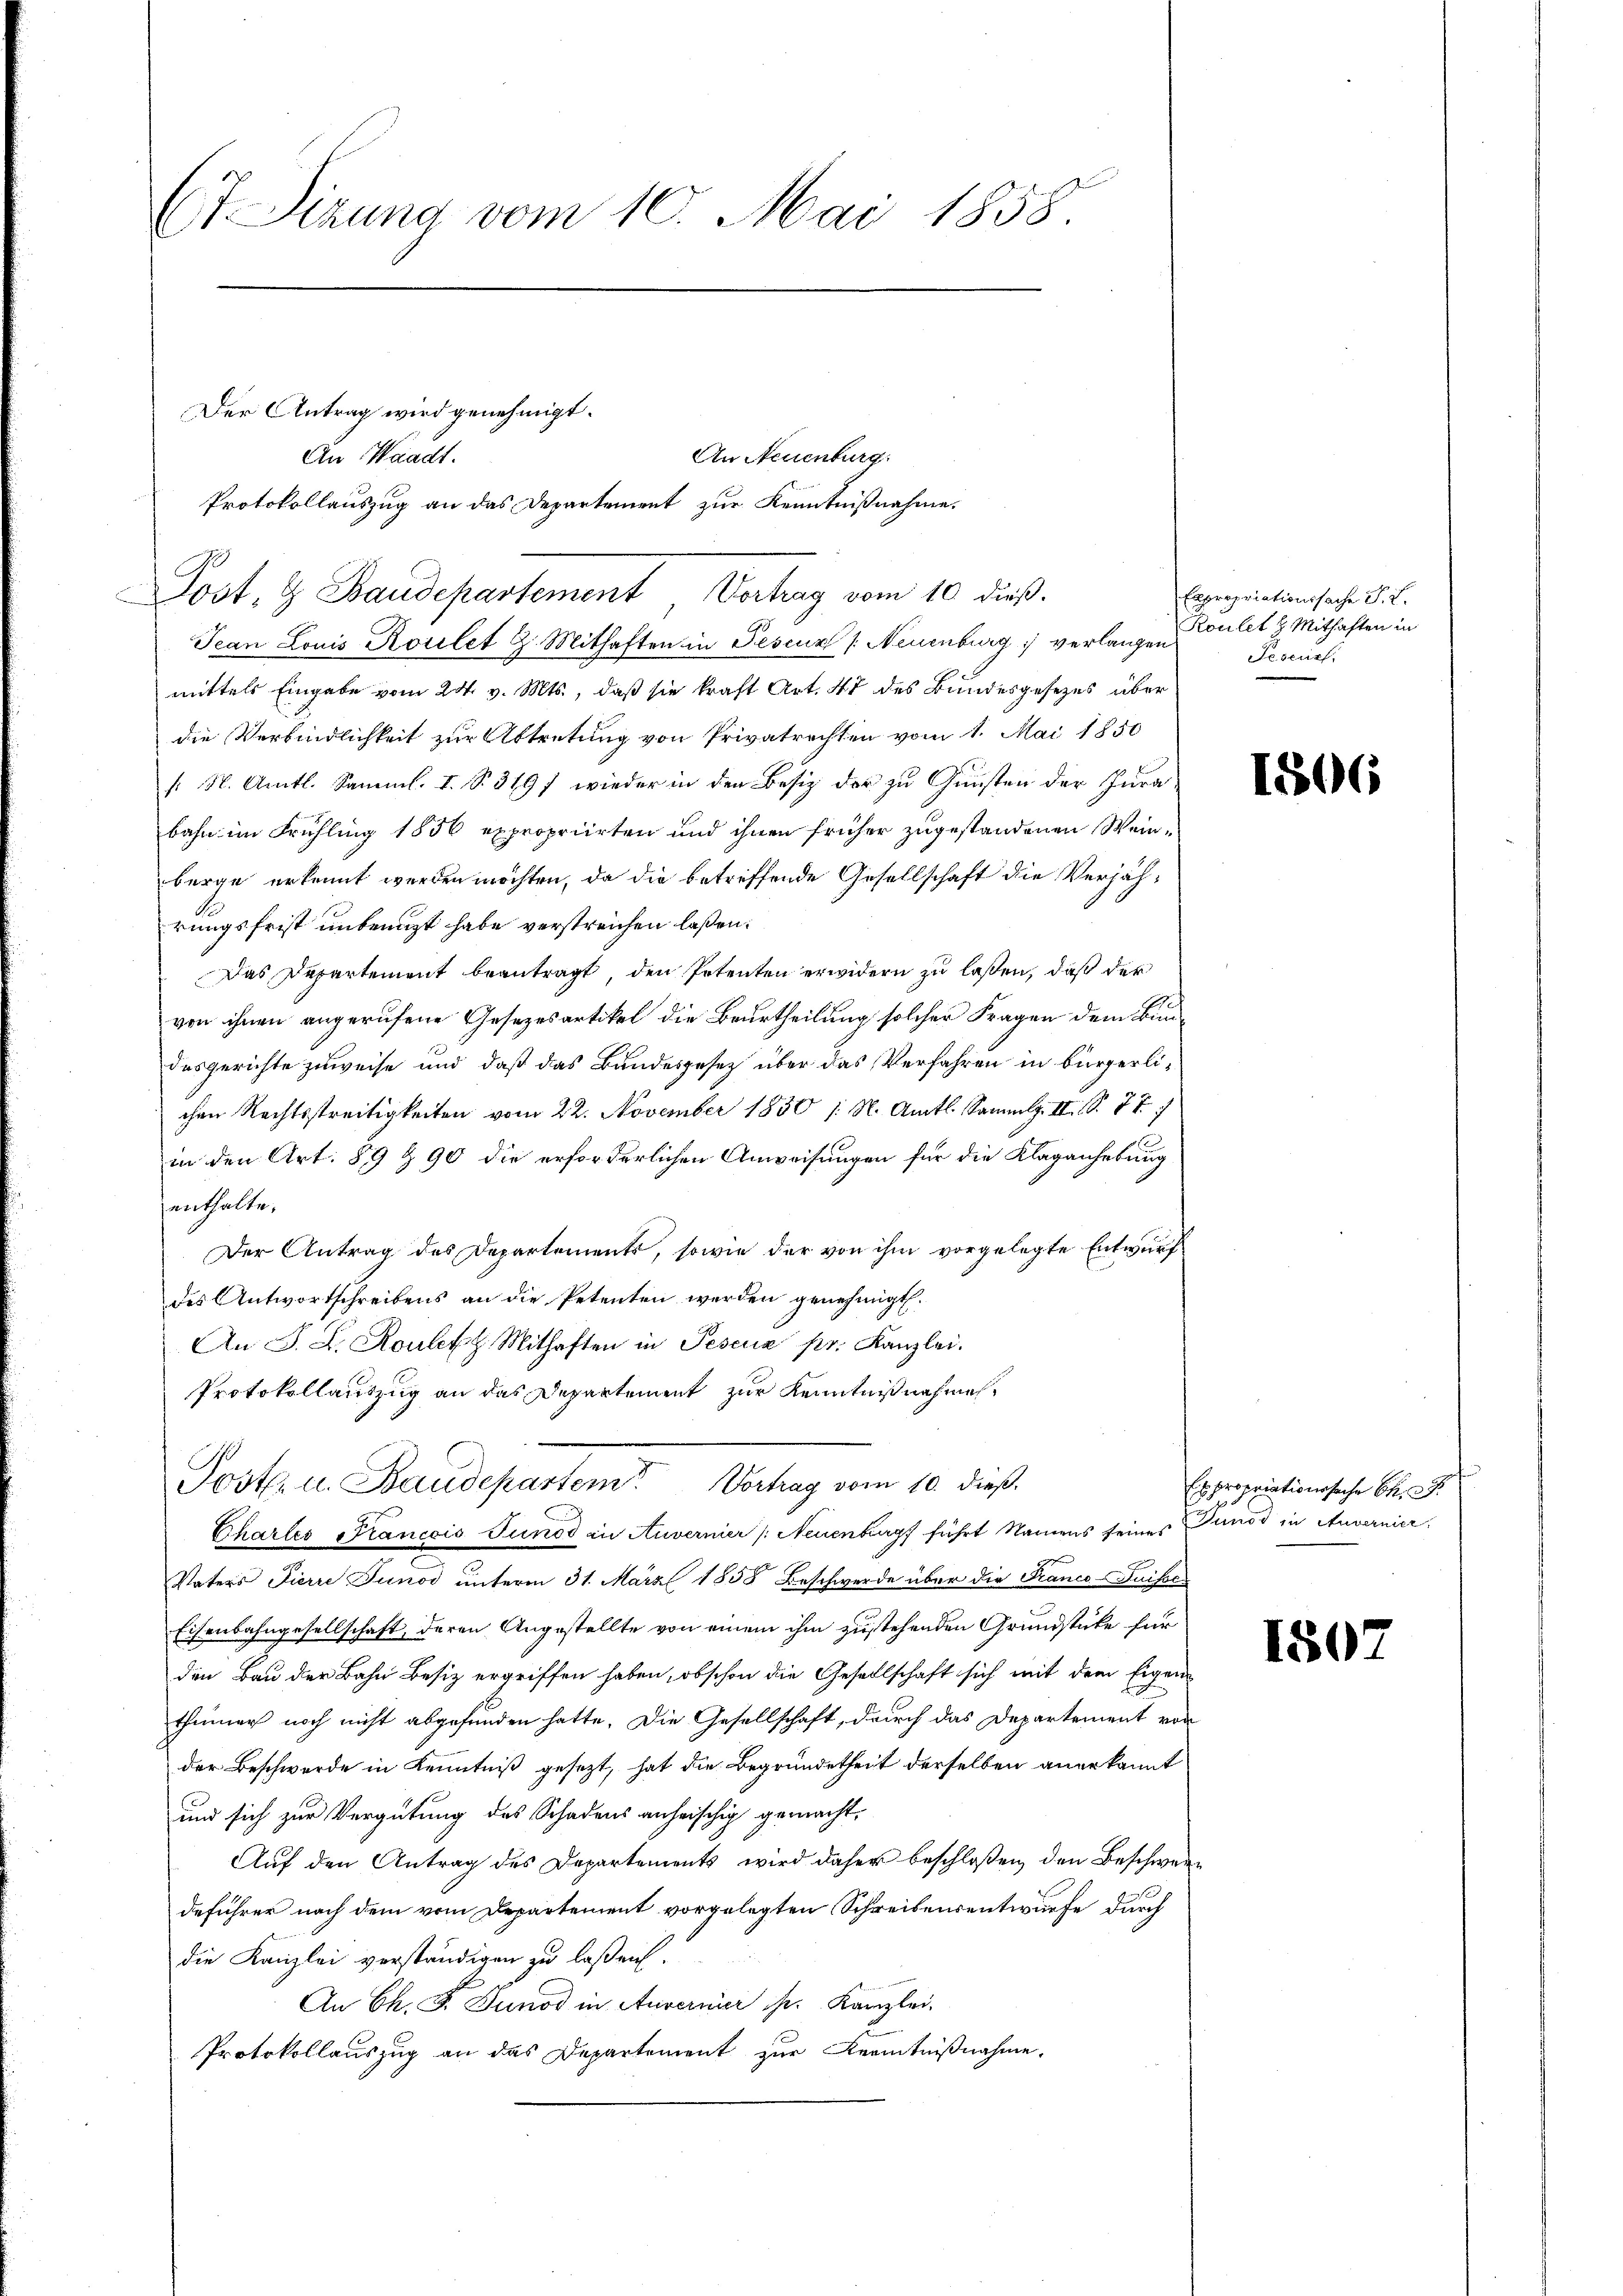
Et Sizung vom 10. Mai 1858.

Der Antrag wird genehmigt.
An Neuenburg.
An Waadt.
Protokollauszug an das Departement zur Kenntnißnahme
Post. H. Baudepartement, Vertrag vom 10 dieß.
Jean Louis Rosilet 2. Mithaften in Peseuz /: Neuenburg verlangen
mittels Eingabe vom 24. v. Mts., daß sie kraft Art. 47 des Bundesgesezes über
die Verbindlichkeit zur Abtretung von Privatrechten vom 1. Mai 1850
/: M. Amtl. Samml. I. S. 3197 wieder in den Besiz der zu Gunsten der Jura
bahn im Frühling 1856 expropriirten und ihnen früher zugestandenen Weinberge erkannt werden möchten, da die betreffende Gesellschaft die Verjährungsfrist unbenuzt habe verstreichen laßen:
Das Departement beantragt, den Petenten erwidern zu laßen, daß der
von ihnen angerufene Gesezesartikel die Beurtheilung solcher Fragen dem Bundesgerichte zuweise und daß das Bundesgesetz über das Verfahren in bürgerlichen Rechtsstreitigkeiten vom 22. November 1850 /: M. Amts Sammlg. II., S. 77. 7
in den Art. 89 § 90 die erforderlichen Anweisungen für die Klaganhebung
enthalte.
Der Antrag des Departements, sowie der von ihm vorgelegte Entwurf
des Antwortschreibens an die Petenten werden genehmigt.
An J. L. Rouler Mithaften in Peseua pr. Kanzlei.
Protokollauszug an das Departement zur Kenntnißnahmes¬
Post u. Baudepartem Vortrag vom 10. dieß.
Chartes Francois Tunod in Auvernier /: Neuenburg führt Namens seines Gunst in Anvernier,
Vaters Pierre Junod unterm 31. März 1858 Beschwerde über die Franco-Fuisse
Eisenbahngesellschaft, deren Angestellte von einem ihm zustehenden Grundstüke für
den Bau der Bahn Besiz ergriffen haben, obschon die Gesellschaft sich mit dem Eigen-
thümer noch nicht abgefunden hatte. Die Gesellschaft, durch das Departement von
der Beschwerde in Kenntniß gesezt, hat die Begründetheit derselben anerkannt
und sich zur Vergütung des Schadens anheischig gemacht.
Auf den Antrag des Departements wird daher beschloßen, den Beschwere
deführer nach dem vom Departement vorgelegten Schreibensentwurfe durch
die Kanzlei verständigen zu laßen.
An Ch. F. Junod in Anvernier ist. Kanzlei-
Protokollauszug an das Departement zur Kenntnißnahme.

Expropriationssache F. L.
Roulet z. Mithaften in
Fescrip

1806

Es propriationssache S. 27.

180